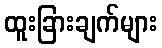
ထူးခြားချက်များ